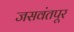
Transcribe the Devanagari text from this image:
जसवंतपूर